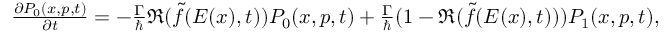
\begin{array} { r } { \frac { \partial P _ { 0 } ( x , p , t ) } { \partial t } = - \frac { \Gamma } { \hbar } \Re ( \tilde { f } ( E ( x ) , t ) ) P _ { 0 } ( x , p , t ) + \frac { \Gamma } { \hbar } ( 1 - \Re ( \tilde { f } ( E ( x ) , t ) ) ) P _ { 1 } ( x , p , t ) , } \end{array}